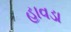
હાવડા